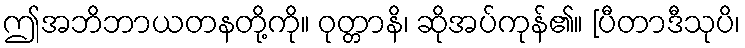
ဤအဘိဘာယတနတို့ကို။ ဝုတ္တာနိ၊ ဆိုအပ်ကုန်၏။ [ပီတာဒီသုပိ၊